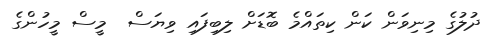
ދުލުގެ މިނިވަން ކަން ކިތައްމެ ބޮޑަށް ލިބިފައި ވިޔަސް  މީސް މީހުންގެ